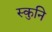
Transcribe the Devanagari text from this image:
स्कुनि